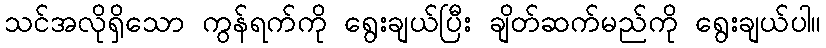
သင်အလိုရှိသော ကွန်ရက်ကို ရွေးချယ်ပြီး ချိတ်ဆက်မည်ကို ရွေးချယ်ပါ။